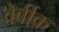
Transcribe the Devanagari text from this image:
वेर्बीक